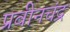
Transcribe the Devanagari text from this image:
प्रवीनचंद्र